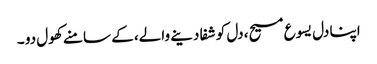
اپنا دل یسوع مسیح، دل کو شفا دینے والے، کے سامنے کھول دو ۔